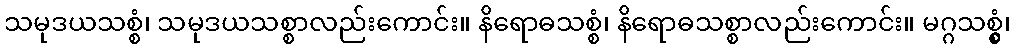
သမုဒယသစ္စံ၊ သမုဒယသစ္စာလည်းကောင်း။ နိရောဓသစ္စံ၊ နိရောဓသစ္စာလည်းကောင်း။ မဂ္ဂသစ္စွံ၊